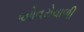
ઓવરોવાળી